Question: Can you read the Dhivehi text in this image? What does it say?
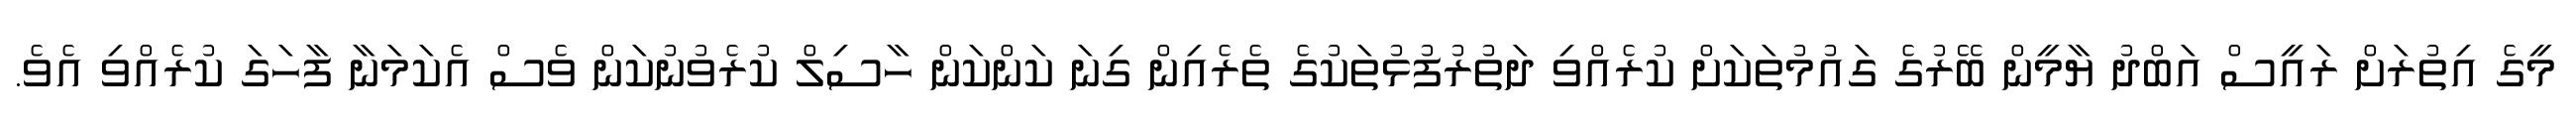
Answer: މީގެ އިތުރަށް ރައީސް އަބްދު ޔާމީން ބޭރުގެ ގައުމުތަކަށް ކުރެއްވި ދަތުރުފުޅުތަކުގެ ތެރެއިން ގިނަ ކަންކަން ހާސިލް ކުރެވުނުކަން ވެސް އެކަމަނާ ފާހަގަ ކުރެއްވި އެވެ.